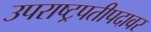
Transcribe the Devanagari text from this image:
उपराष्ट्रपतीपदावर